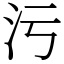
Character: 污